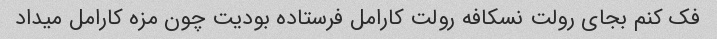
فک کنم بجای رولت نسکافه رولت کارامل فرستاده بودیت چون مزه کارامل میداد